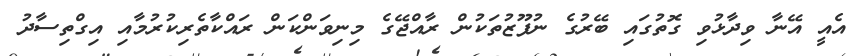
އެއީ އޭނާ ވިދާޅުވި ގޮތުގައި ބޭރުގެ ނުފޫޒުތަކުން ރާއްޖޭގެ މިނިވަންކަން ރައްކާތެރިކުރުމާއި އިގްތިސާދު